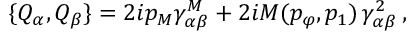
\{ Q _ { \alpha } , Q _ { \beta } \} = 2 i p _ { M } \gamma _ { \alpha \beta } ^ { M } + 2 i M ( p _ { \varphi } , p _ { 1 } ) \, \gamma _ { \alpha \beta } ^ { 2 } \, ,